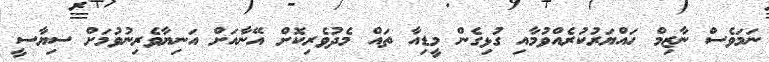
ނަމަވެސް ނާޒިމް ހައްޔަރުކުރެއްވުމާއި ގުޅިގެން މީޑިއާ ތައް މެދުވެރިކޮށް އޭނާއަށް އަނިޔާވެރިނުވުމަށް ސިޔާސީ